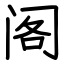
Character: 阁